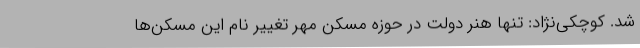
شد. کوچکی‌نژاد: تنها هنر دولت در حوزه مسکن مهر تغییر نام این مسکن‌ها